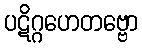
ပဋိဂ္ဂဟေတဗ္ဗော